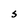
Character: S